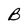
Character: B